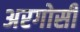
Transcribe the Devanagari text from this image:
अरगोसी